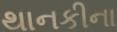
થાનકીના